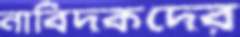
নাবিদকদের